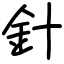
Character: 針